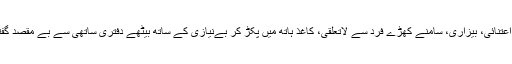
بے اعتنائی، بیزاری، سامنے کھڑے فرد سے لاتعلقی، کاغذ ہاتھ میں پکڑ کر بےنیازی کے ساتھ بیٹھے دفتری ساتھی سے بے مقصد گفتگو۔